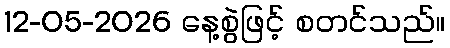
12-05-2026 နေ့စွဲဖြင့် စတင်သည်။